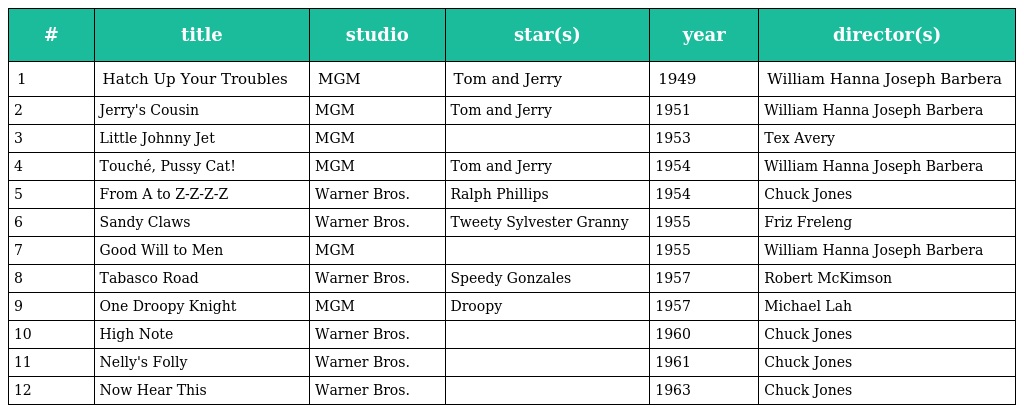
| # | title | studio | star(s) | year | director(s) |
 | --- | --- | --- | --- | --- | --- |
 | 1 | Hatch Up Your Troubles | MGM | Tom and Jerry | 1949 | William Hanna Joseph Barbera |
 | 2 | Jerry's Cousin | MGM | Tom and Jerry | 1951 | William Hanna Joseph Barbera |
 | 3 | Little Johnny Jet | MGM |  | 1953 | Tex Avery |
 | 4 | Touché, Pussy Cat! | MGM | Tom and Jerry | 1954 | William Hanna Joseph Barbera |
 | 5 | From A to Z-Z-Z-Z | Warner Bros. | Ralph Phillips | 1954 | Chuck Jones |
 | 6 | Sandy Claws | Warner Bros. | Tweety Sylvester Granny | 1955 | Friz Freleng |
 | 7 | Good Will to Men | MGM |  | 1955 | William Hanna Joseph Barbera |
 | 8 | Tabasco Road | Warner Bros. | Speedy Gonzales | 1957 | Robert McKimson |
 | 9 | One Droopy Knight | MGM | Droopy | 1957 | Michael Lah |
 | 10 | High Note | Warner Bros. |  | 1960 | Chuck Jones |
 | 11 | Nelly's Folly | Warner Bros. |  | 1961 | Chuck Jones |
 | 12 | Now Hear This | Warner Bros. |  | 1963 | Chuck Jones |